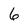
Character: 6